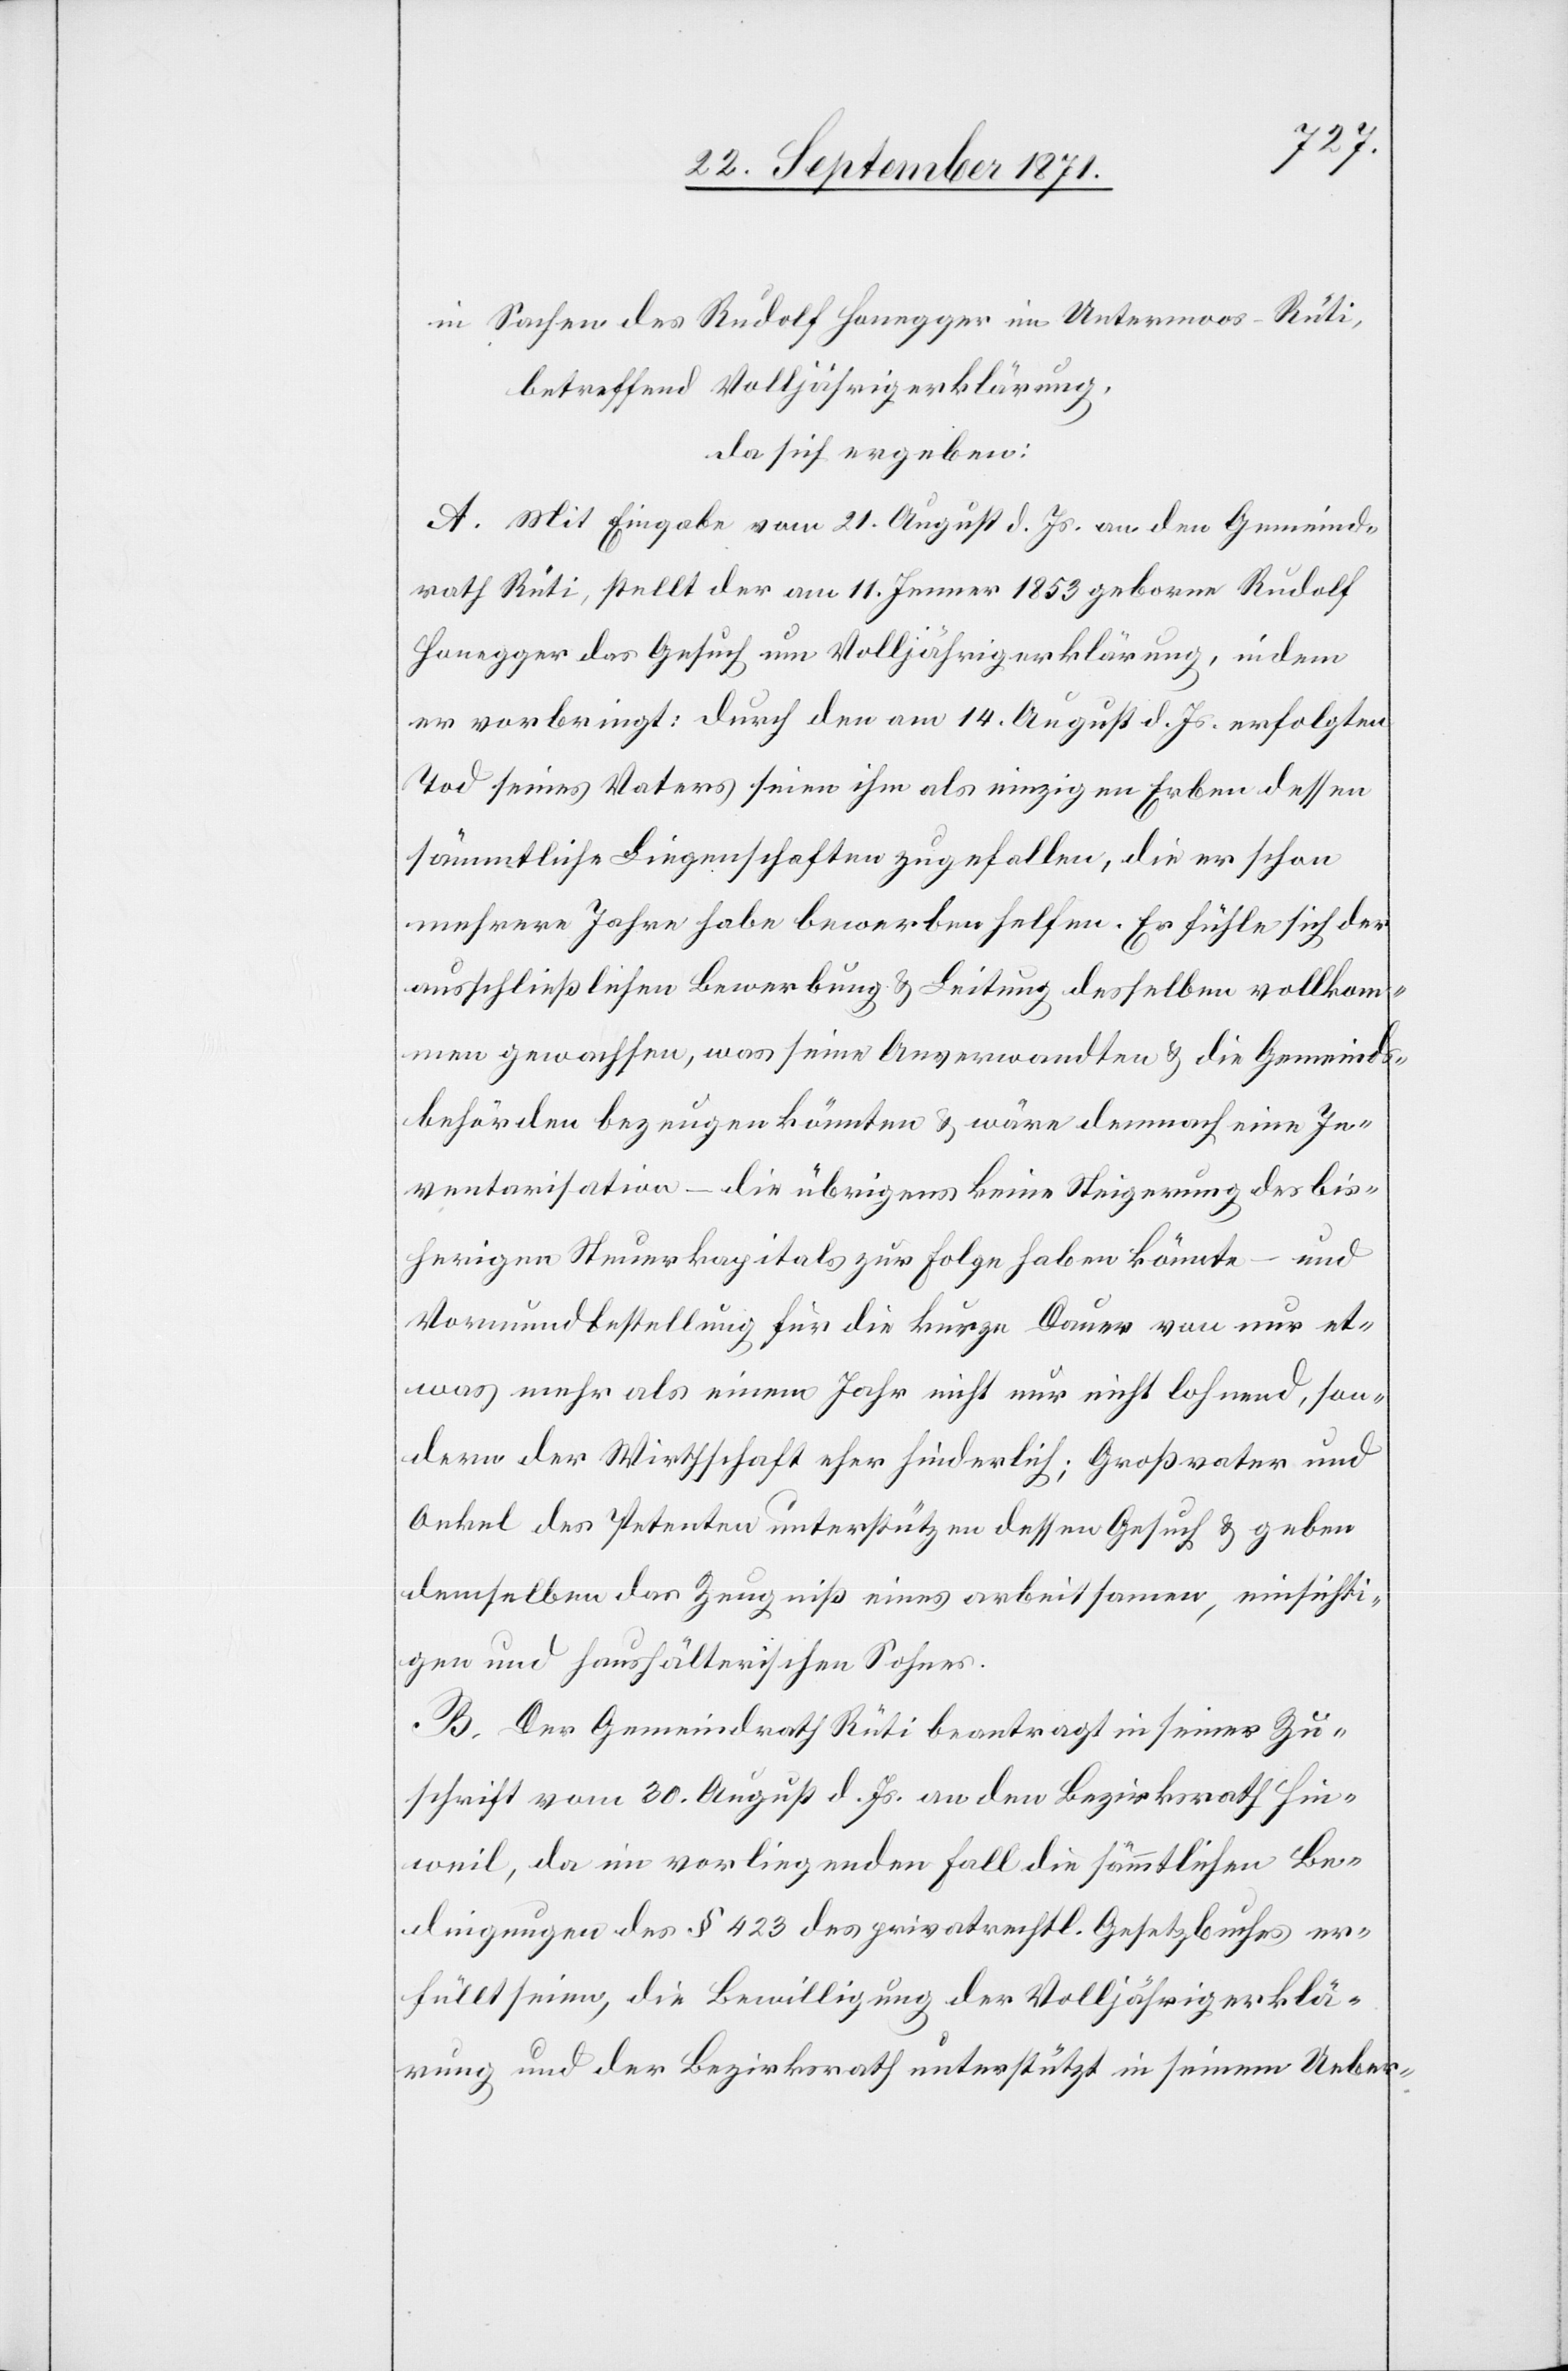
in Sachen des Rudolf Honegger im Untermoos-Rüti,
betreffend Volljährigerklärung,
da sich ergeben:
A. Mit Eingabe vom 21. August d. Js. an den Gemeind¬
rath Rüti, stellt der am 11. Jenner 1853 geborene Rudolf
Honegger das Gesuch um Volljährigerklärung, indem
er vorbringt: durch den am 14. August d. Js. erfolgten
Tod seines Vaters seien ihm als einzigen Erben dessen
sämmtliche Liegenschaften zugefallen, die er schon
mehrere Jahre habe bewerben helfen. Er fühle sich der
ausschließlichen Bewerbung & Leitung derselben vollkom¬
men gewachsen, was seine Anverwandten & die Gemeinds¬
behörden bezeugen könnten & wäre demnach eine In¬
ventarisation – die übrigens keine Steigerung des bis¬
herigen Steuerkapitals zur Folge haben könnte – und
Vormundbestellung für die kurze Dauer von nur et¬
was mehr als einem Jahr nicht nur nicht lohnend, son¬
dern der Wirthschaft eher hinderlich; Großvater und
Onkel des Petenten unterstützen dessen Gesuch & geben
demselben das Zeugniß eines arbeitsamen, einsichti¬
gen und haushälterischen Sohnes.
B. Der Gemeindrath Rüti beantragt in seiner Zu¬
schrift vom 30. August d. Js. an den Bezirksrath Hin¬
weil, da im vorliegenden Fall die sämmtlichen Be¬
dingungen des § 423 des privatrechtl. Gesetzbuches er¬
füllt seien, die Bewilligung der Volljährigerklä¬
rung und der Bezirksrath unterstützt in seinem Ueber-